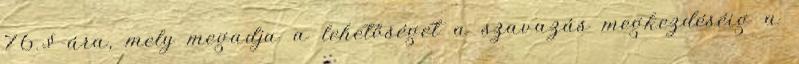
76.§-ára, mely megadja a lehetőséget a szavazás megkezdéséig a